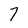
Character: 7